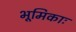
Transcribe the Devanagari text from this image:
भूमिकाः